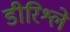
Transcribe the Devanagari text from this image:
डीरिश्ले